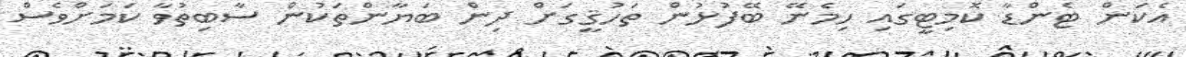
އެކަން ޓެންޑާ ކޮމިޓީގައި ހިމެނޭ ބޭފުޅުން ތަހުޤީގަށް ދިން ބަޔާންތަކުން ސާބިތުވާ ކަމަށްވެސް